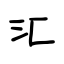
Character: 汇